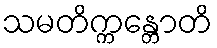
သမတိက္ကန္တောတိ